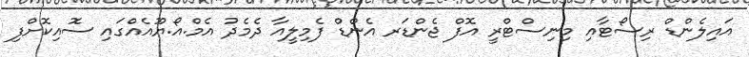
އައިލެންޑް ރިސޯޓާއި މިނިސްޓްރީ އޮފް ޖެންޑަރ އެންޑް ފެމިލީއާ ދެމެދު އެމް.އޯ.ޔޫއެއްގައި ސޮއިކޮށްފި